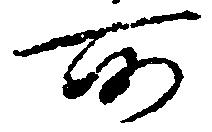
所